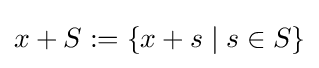
x+S:=\{x+s\mid s\in S\}